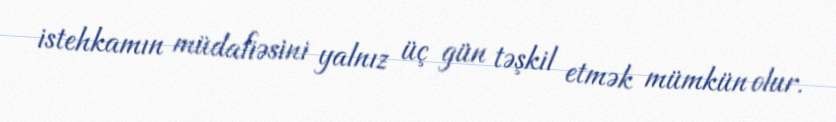
istehkamın müdafiəsini yalnız üç gün təşkil etmək mümkün olur.